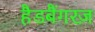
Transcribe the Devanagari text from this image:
हैडबैंगरज़